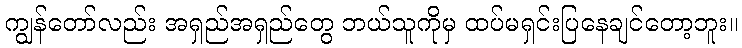
ကျွန်တော်လည်း အရှည်အရှည်တွေ ဘယ်သူကိုမှ ထပ်မရှင်းပြနေချင်တော့ဘူး။